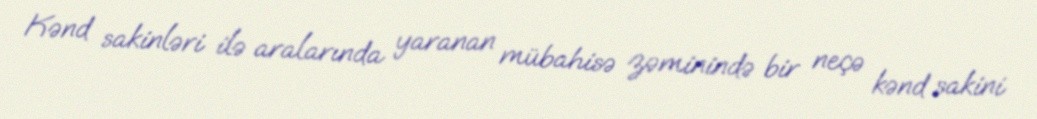
Kənd sakinləri ilə aralarında yaranan mübahisə zəminində bir neçə kənd sakini